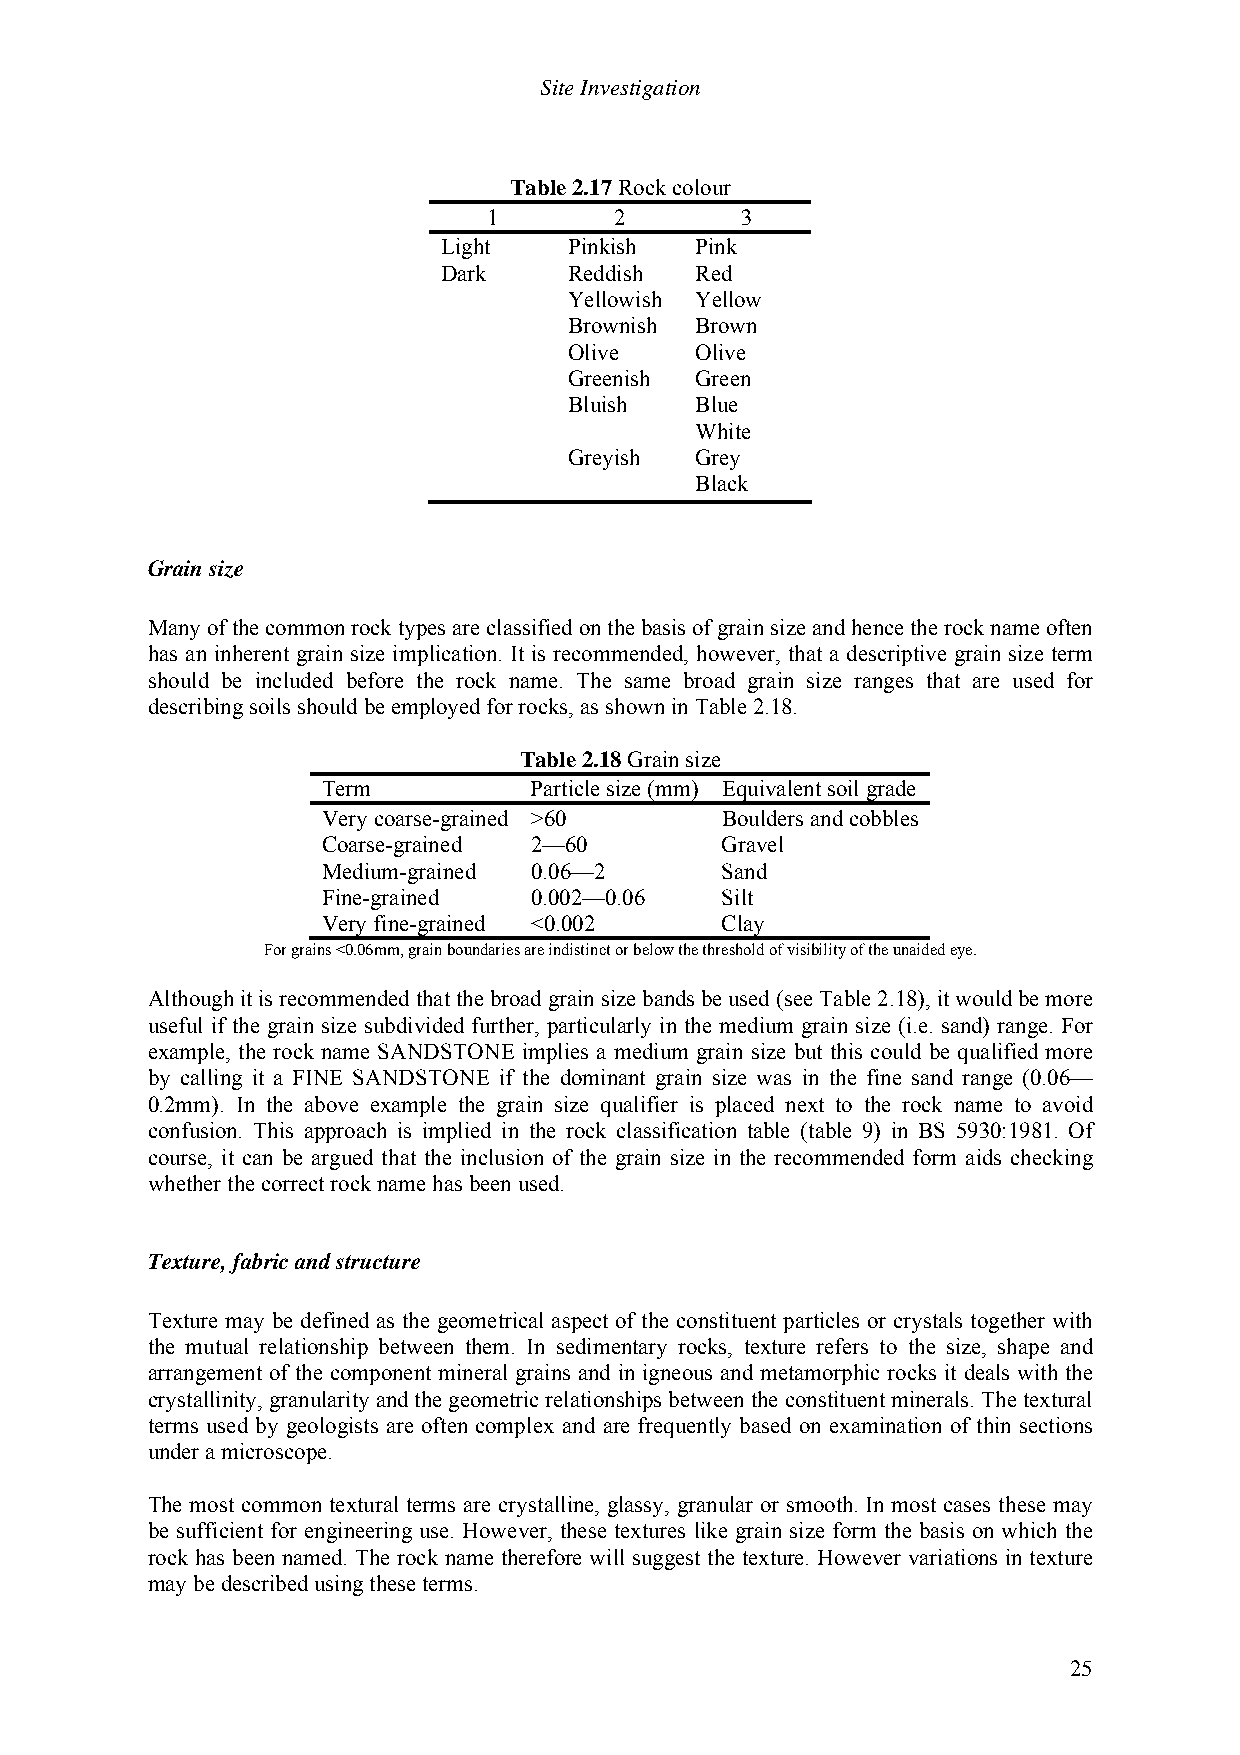
Site Investigation
 Table 2.17 Rock colour
 1        2       3
 Light    Pinkish Pink
 Dark     Reddish Red
 Yellowish Yellow
 Brownish Brown
 Olive   Olive
 Greenish Green
 Bluish  Blue
 White
 Greyish Grey
 Black
 Grain size
 Many of the common rock types are classified on the basis of grain size and hence the rock name often
 has an inherent grain size implication. It is recommended, however, that a descriptive grain size term
 should be included before the rock name. The same broad grain size ranges that are used for
 describing soils should be employed for rocks, as shown in Table 2.18.
 Table 2.18 Grain size
 Term          Particle size (mm) Equivalent soil grade
 Very coarse-grained >60    Boulders and cobbles
 Coarse-grained 2—60        Gravel
 Medium-grained 0.06—2      Sand
 Fine-grained  0.002—0.06   Silt
 Very fine-grained <0.002   Clay
 For grains <0.06mm, grain boundaries are indistinct or below the threshold of visibility of the unaided eye.
 Although it is recommended that the broad grain size bands be used (see Table 2.18), it would be more
 useful if the grain size subdivided further, particularly in the medium grain size (i.e. sand) range. For
 example, the rock name SANDSTONE implies a medium grain size but this could be qualified more
 by calling it a FINE SANDSTONE if the dominant grain size was in the fine sand range (0.06—
 0.2mm). In the above example the grain size qualifier is placed next to the rock name to avoid
 confusion. This approach is implied in the rock classification table (table 9) in BS 5930:1981. Of
 course, it can be argued that the inclusion of the grain size in the recommended form aids checking
 whether the correct rock name has been used.
 Texture, fabric and structure
 Texture may be defined as the geometrical aspect of the constituent particles or crystals together with
 the mutual relationship between them. In sedimentary rocks, texture refers to the size, shape and
 arrangement of the component mineral grains and in igneous and metamorphic rocks it deals with the
 crystallinity, granularity and the geometric relationships between the constituent minerals. The textural
 terms used by geologists are often complex and are frequently based on examination of thin sections
 under a microscope.
 The most common textural terms are crystalline, glassy, granular or smooth. In most cases these may
 be sufficient for engineering use. However, these textures like grain size form the basis on which the
 rock has been named. The rock name therefore will suggest the texture. However variations in texture
 may be described using these terms.
 25